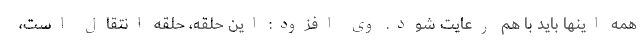
همه اینها باید با هم رعایت شود. وی افزود: این حلقه، حلقه انتقال است،